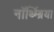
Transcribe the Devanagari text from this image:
नॉर्थ्म्ब्रिया